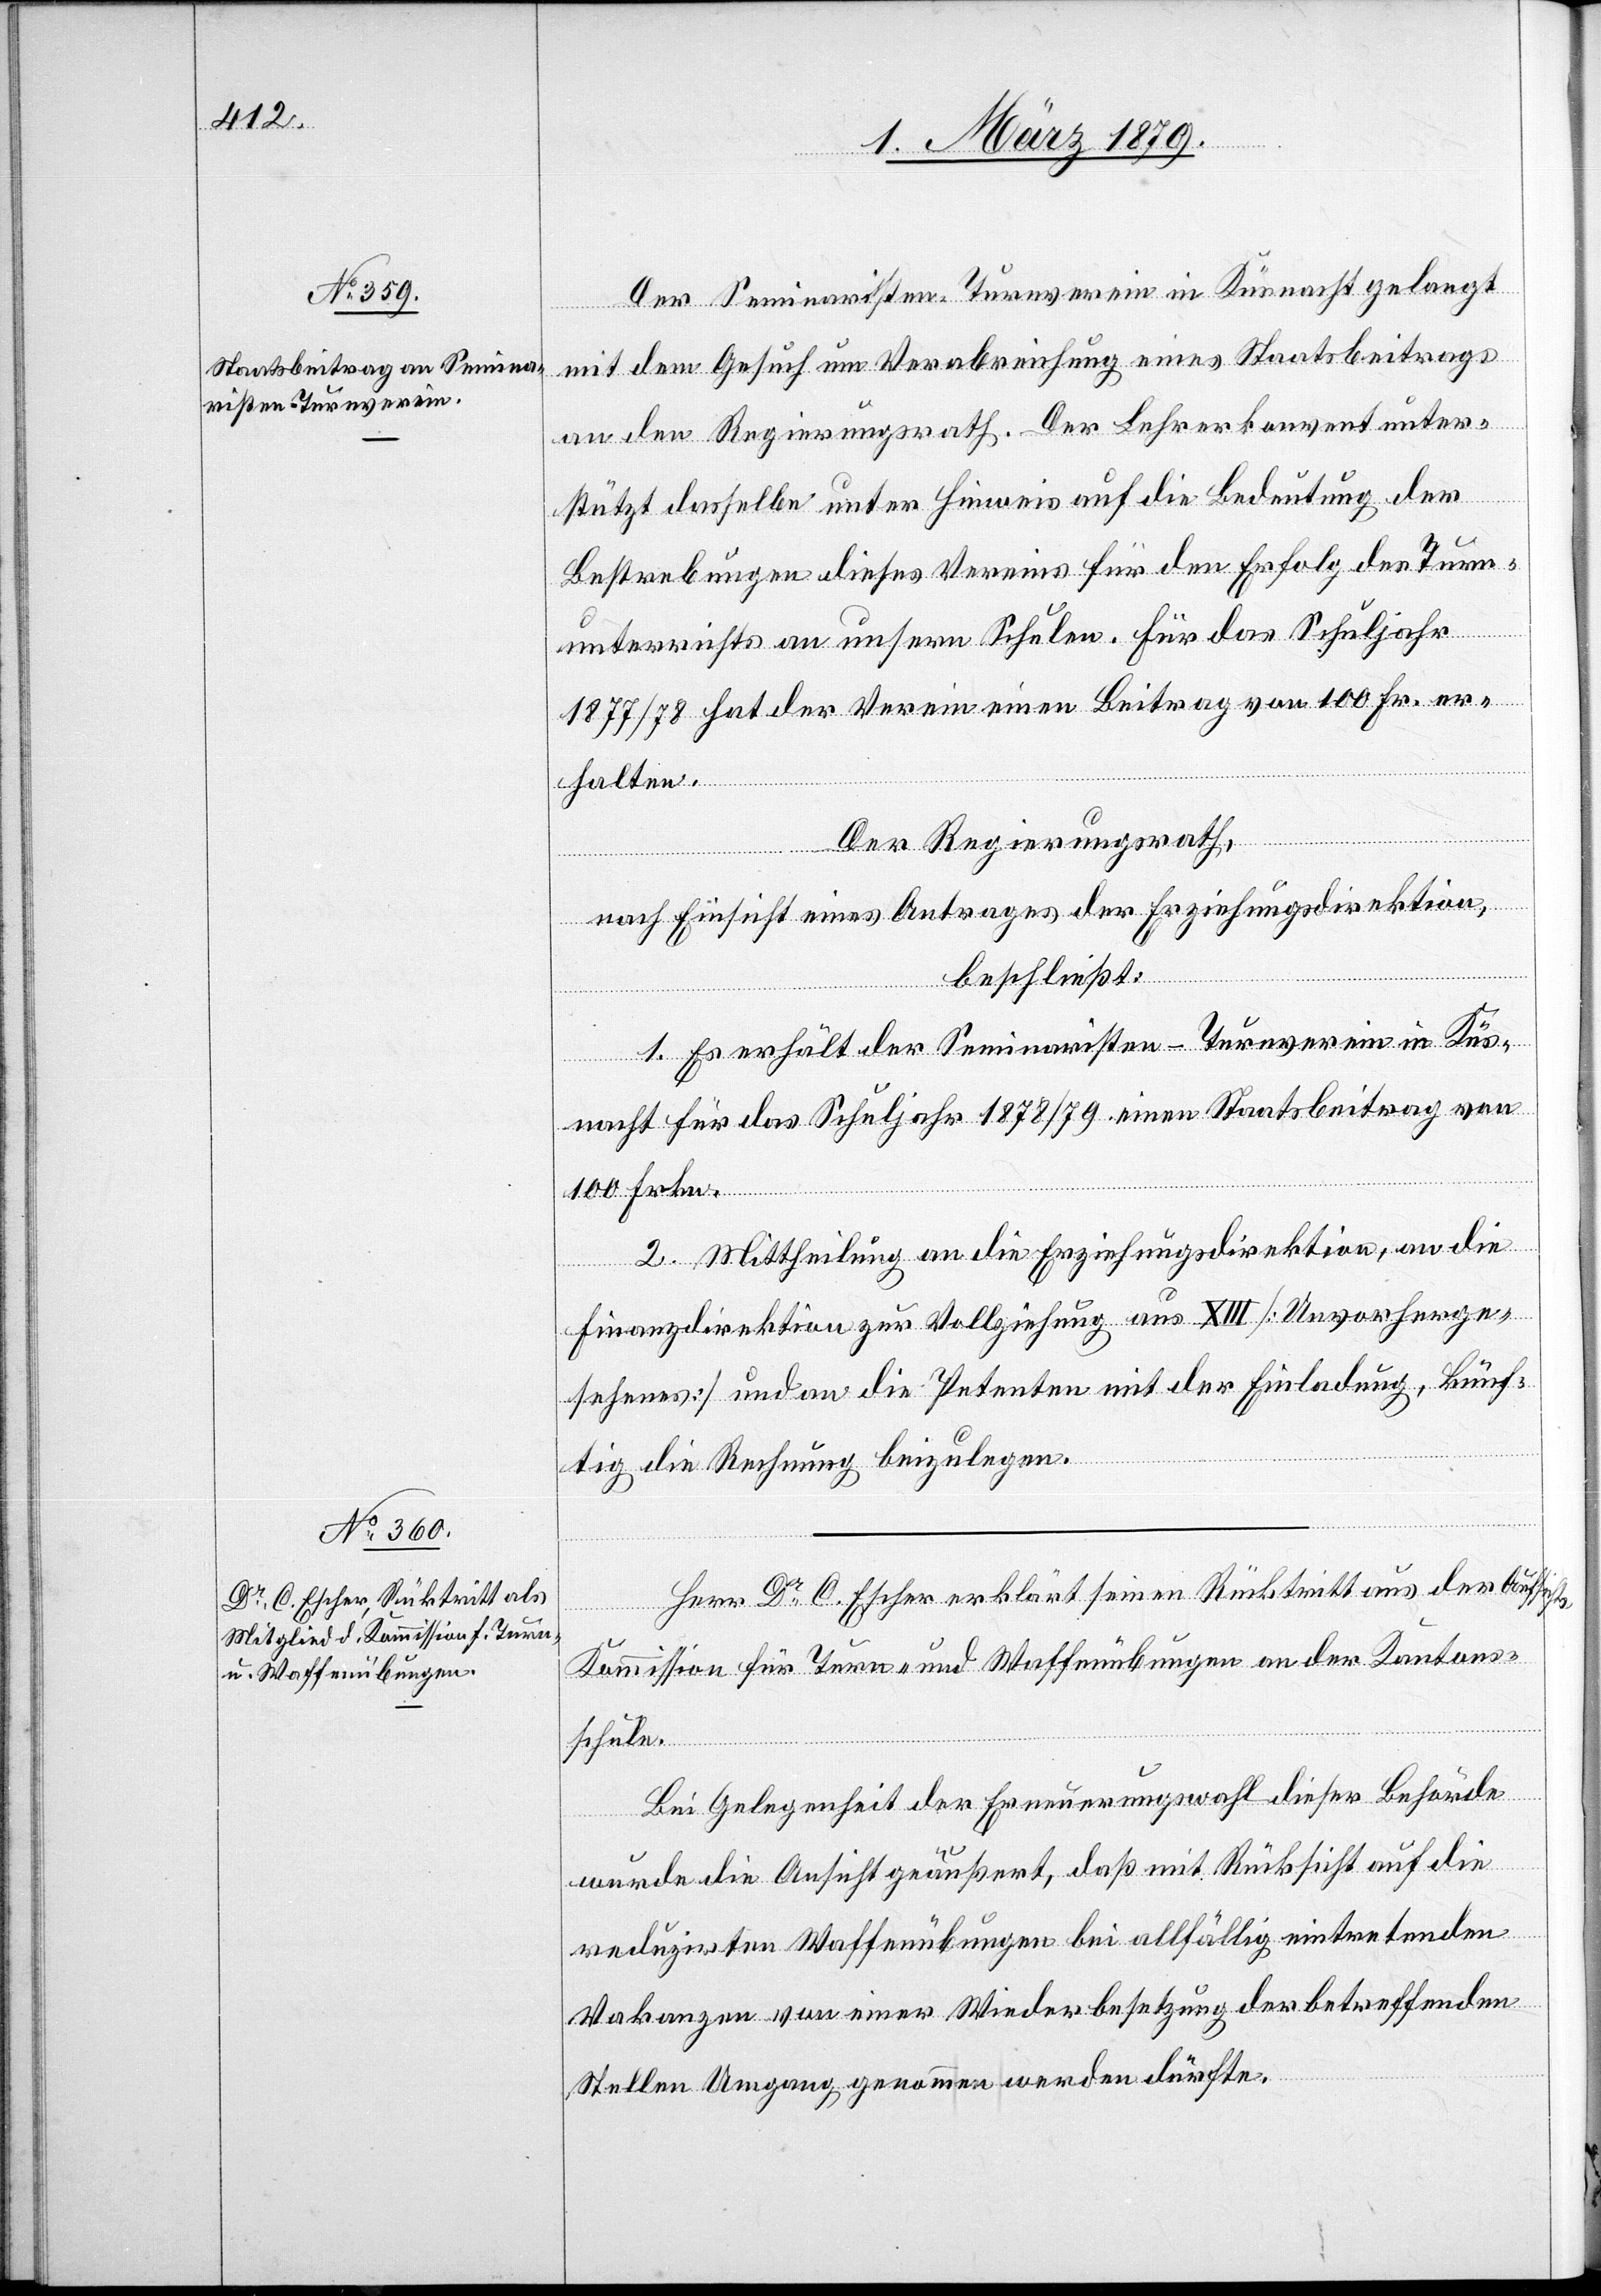
Der Seminaristen-Turnverein in Küsnacht gelangt
mit dem Gesuch um Verabreichung eines Staatsbeitrages
an den Regierungsrath. Der Lehrerkonvent unter¬
stützt dasselbe unter Hinweis auf die Bedeutung der
Bestrebungen dieses Vereines für den Erfolg des Turn¬
unterrichts an unsern Schulen. Für das Schuljahr
1877/78 hat der Verein einen Beitrag von 100 Fr. er¬
halten.
Der Regierungsrath,
nach Einsicht eines Antrages der Erziehungsdirektion,
beschließt:
1. Es erhält der Seminaristen-Turnverein in Küs¬
nacht für das Schuljahr 1878/79 einen Staatsbeitrag von
100 Frkn.
2. Mittheilung an die Erziehungsdirektion, an die
Finanzdirektion zur Vollziehung aus XIII [Unvorherge¬
sehenes] und an die Petenten mit der Einladung, künf¬
tig die Rechnung beizulegen.
Herr Dr C. Escher erklärt seinen Rücktritt aus der Aufsicht¬
s-Kommission für Turn- und Waffenübungen an der Kantons¬
schule.
Bei Gelegenheit der Erneuerungswahl dieser Behörde
wurde die Ansicht geäußert, daß mit Rücksicht auf die
reduzirten Waffenübungen bei allfällig eintretenden
Vakanzen von einer Wiederbesetzung der betreffenden
Stellen Umgang genommen werden dürfte.